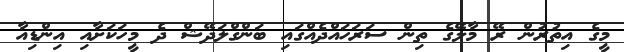
މީގެ އިތުރުން ރޭ މާލޭގެ ތިން ސަރަހައްދެއްގައި ބަންގްލަދޭޝް ދެ މީހަކަށާއި އިންޑިއާ